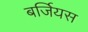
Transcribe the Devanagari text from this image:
बर्जियस